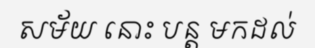
សម័យ នោះ បន្ត មកដល់